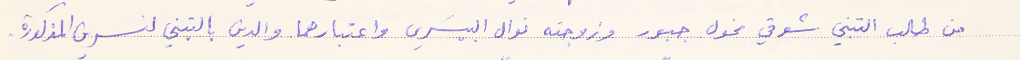
من طالب التبني شوقي مخول جبور وزوجته نوال البيسَري واعتبارهما والدين بالتبني لنسرين المذكورة.